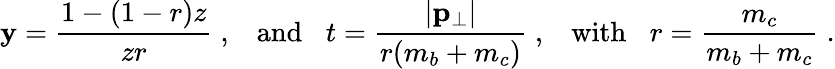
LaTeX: \mathbf{y}={\frac{{1-(1-r)z}}{{zr}}}\; ,\; \; \; \mathrm{{and}}\; \; \; t={\frac{{|{\mathbf{p}}_{\bot}|}}{{r(m_{b}+m_{c})}}}\; ,\; \; \; \mathrm{{with}}\; \; \; r={\frac{{m_{c}}}{{m_{b}+m_{c}}}}\; .